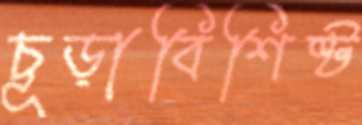
চূড়াবিশিষ্ট